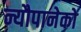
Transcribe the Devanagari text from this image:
न्यौपानेको